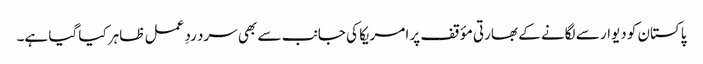
پاکستان کو دیوار سے لگانے کے بھارتی مؤقف پر امریکا کی جانب سے بھی سرد ردِ عمل ظاہر کیا گیا ہے۔